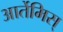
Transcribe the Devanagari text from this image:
आर्तेमिस्